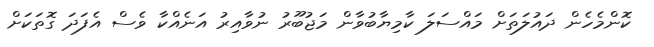
ކޮންމެހެން ދައުލަތަށް މައްސަލަ ކާމިޔާބުވާން މަޖުބޫރު ނުވާއިރު އަނެއްކާ ވެސް އެފަދަ ގޮތަކަށް